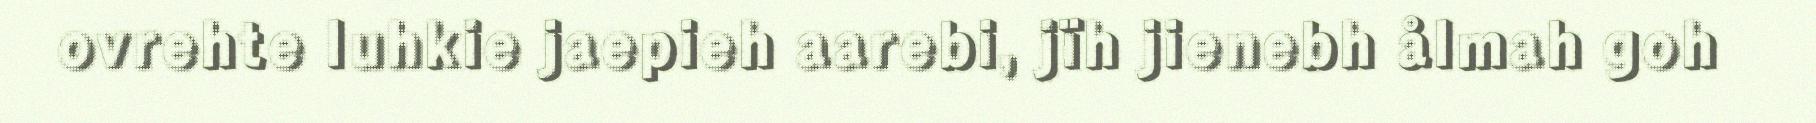
ovrehte luhkie jaepieh aarebi, jïh jienebh ålmah goh